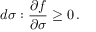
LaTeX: d { \boldsymbol { \sigma } } : { \frac { \partial f } { \partial { \boldsymbol { \sigma } } } } \geq 0 \, .